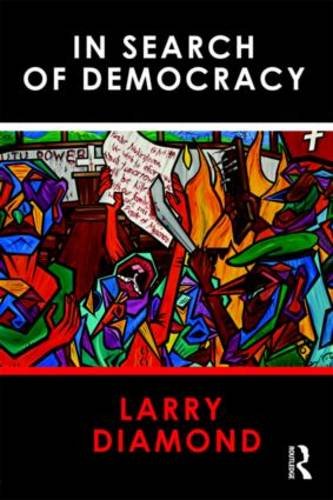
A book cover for In Search of Democracy; Larry Diamond; Law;